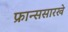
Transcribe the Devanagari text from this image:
फ्रान्ससारखे